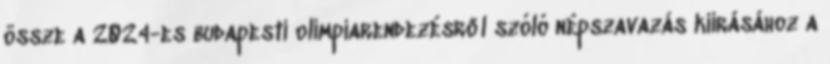
össze a 2024-es budapesti olimpiarendezésről szóló népszavazás kiírásához a